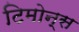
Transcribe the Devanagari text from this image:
टिमोन्स